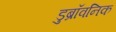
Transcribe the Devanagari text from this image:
डुब्रॉवनिक